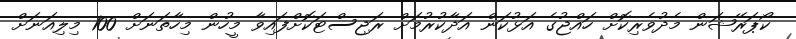
ކޯޕަރޭޝަން މެދުވެރިކޮށް ހައްޖުގެ އަޅުކަން އަދާކުރުމަށް ރަޖިސްޓަކޮށްފައިވާ މީހުން މިހާތަނަށް 100 މިލިއަނަށް